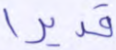
قديرا